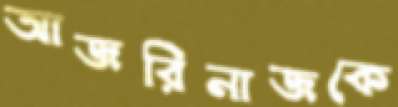
আজরিনাজকে